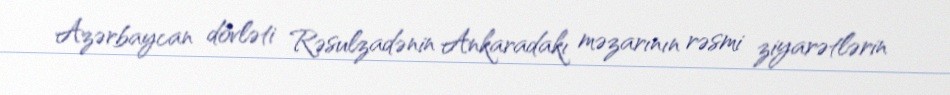
Azərbaycan dövləti Rəsulzadənin Ankaradakı məzarının rəsmi ziyarətlərin